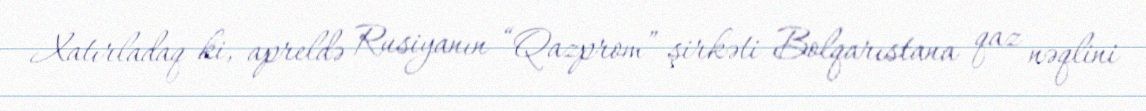
Xatırladaq ki, apreldə Rusiyanın “Qazprom” şirkəti Bolqarıstana qaz nəqlini